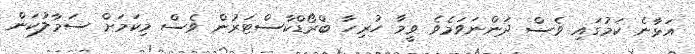
އަޅާނެ ކަމުގައި ވެސް ދަންނަވަމެވެ ވީމާ ހުރިހާ ބްރޯޑްކާސްޓަރުން ވެސް މިކަމަށް ސަމާލުކަން